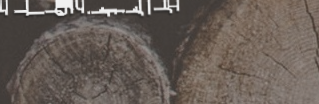
مركز الزهور الاصطناعية: ت